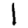
Digit: 1